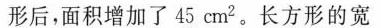
形后，面积增加了45cm^{2}。长方形的宽